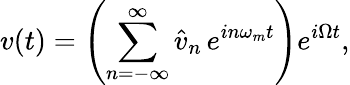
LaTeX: v(t)=\left(\sum_{n=-\infty}^{\infty}\hat{v}_{n}\, e^{in\omega_{m}t}\right)e^{i\Omega t},